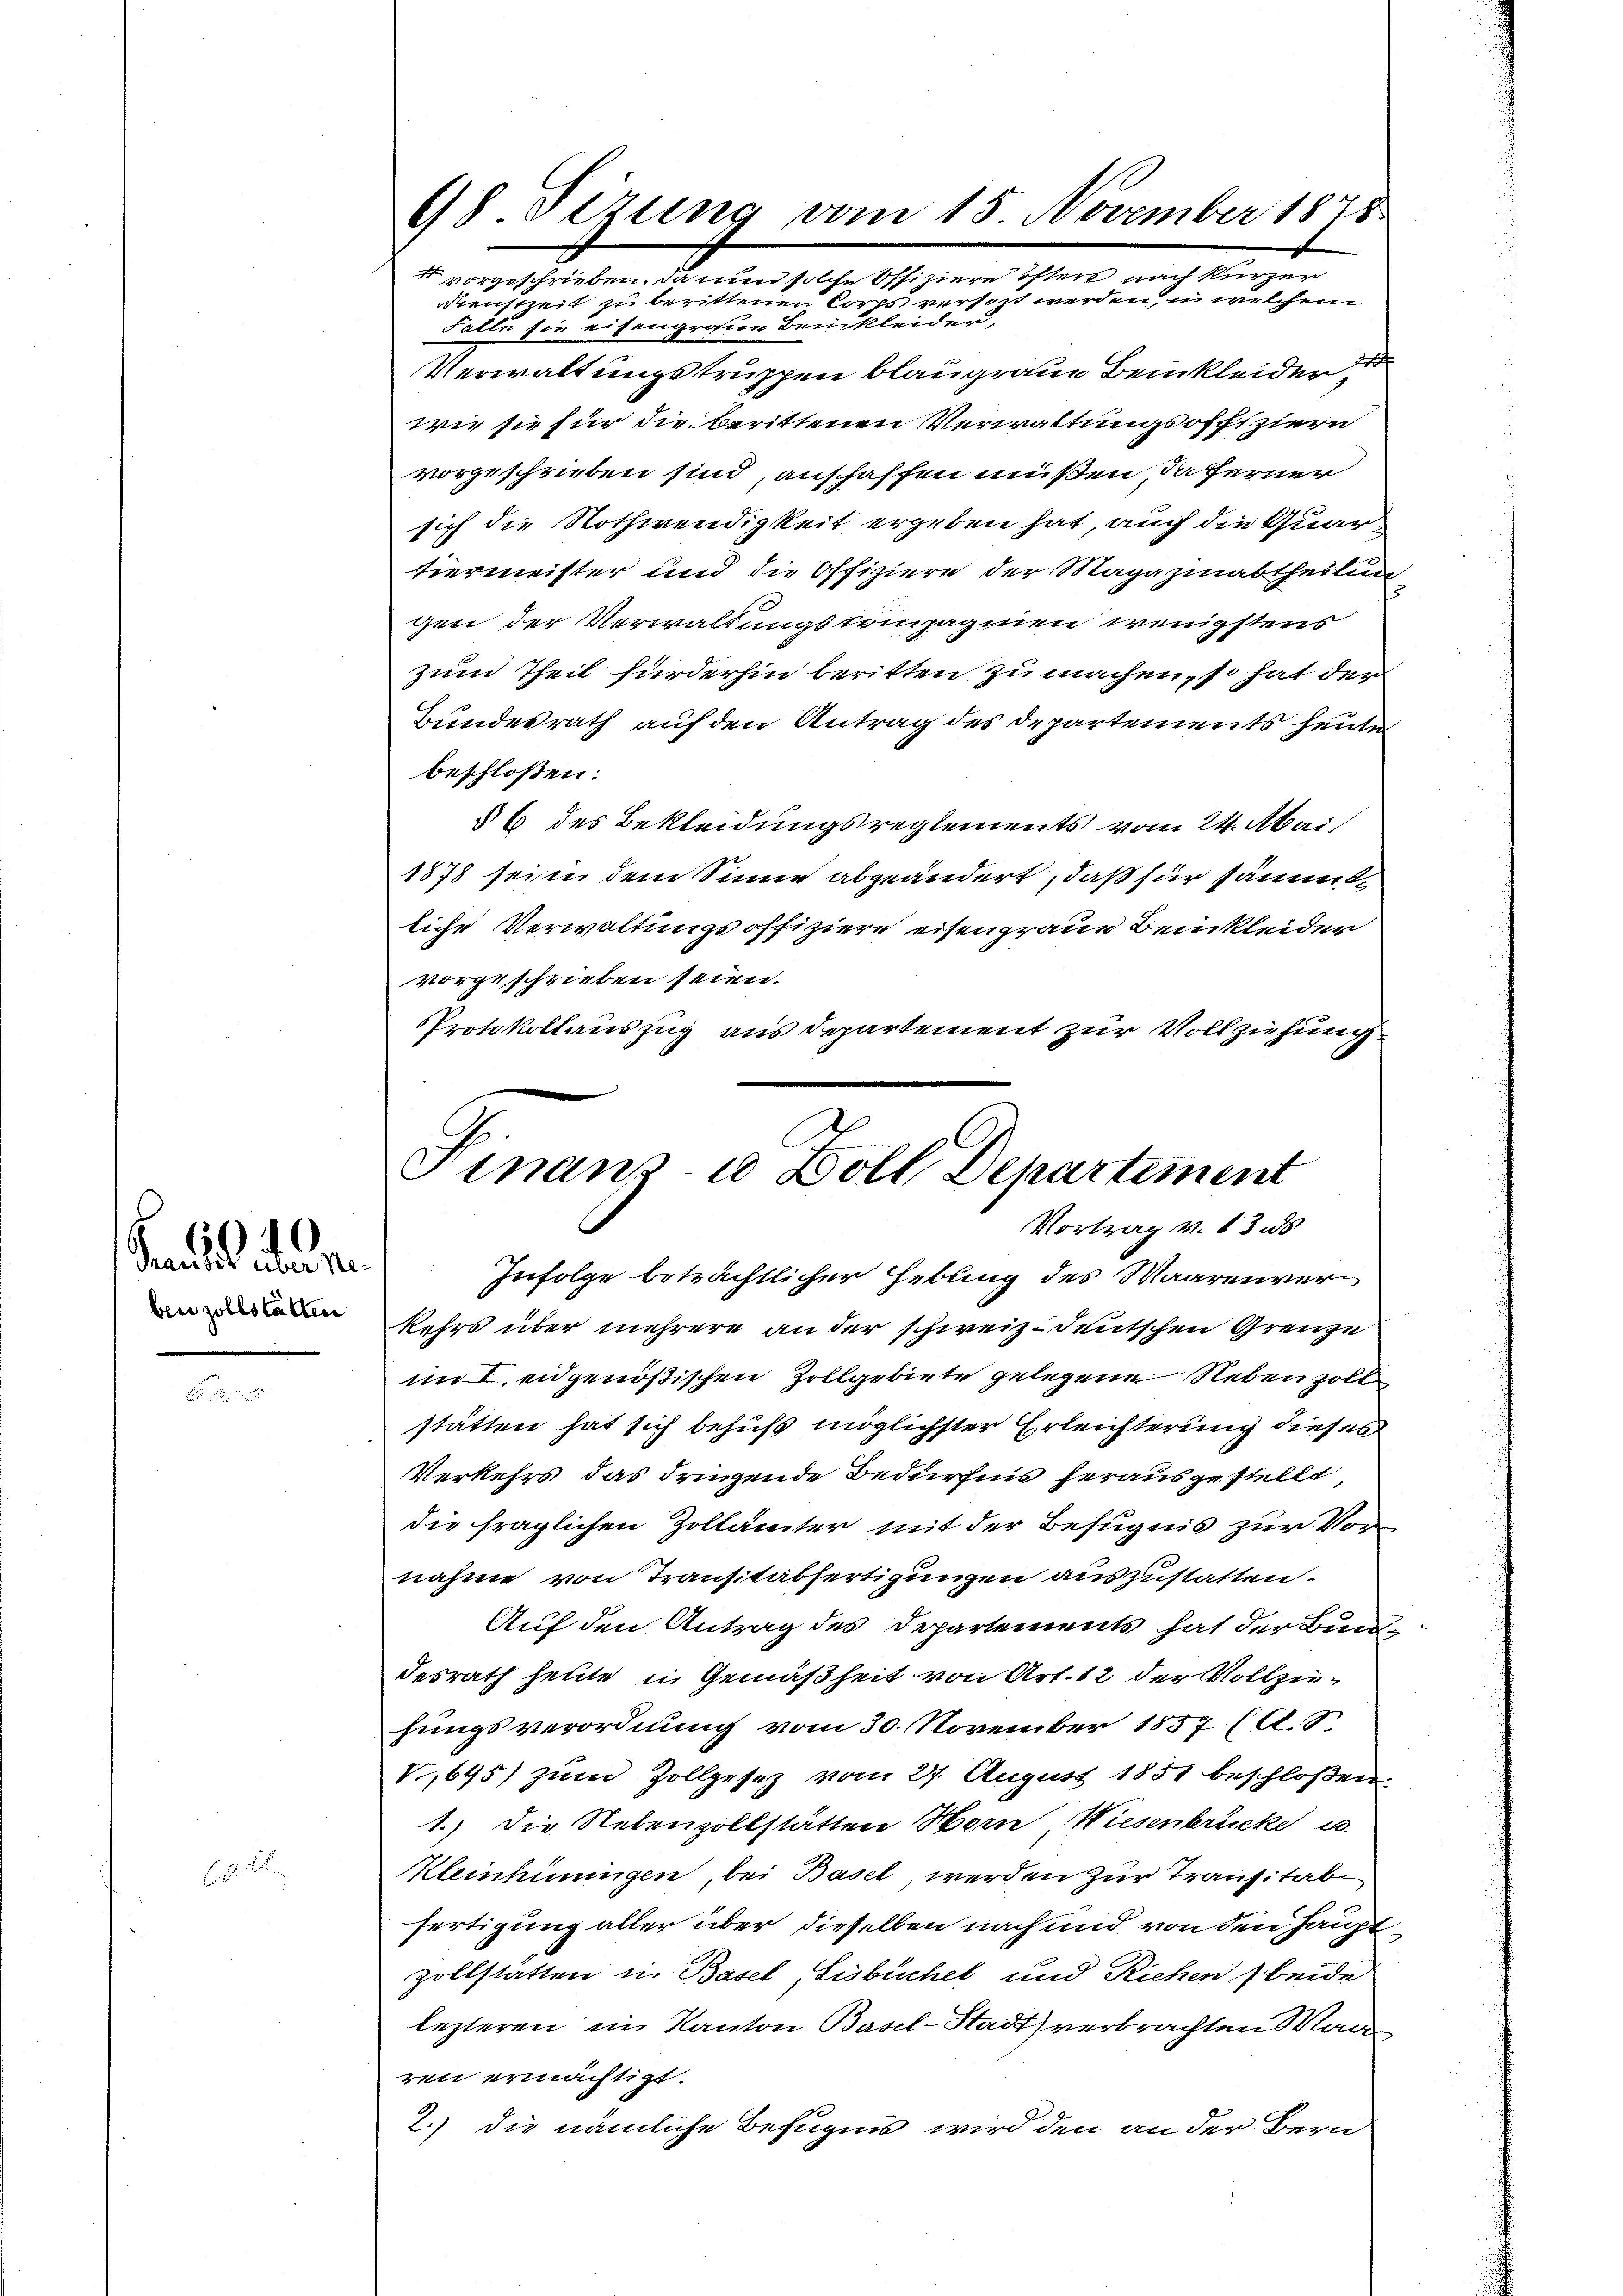
Transit über Rebenzollstätten

40.

98 Sizung vom 15. November 1878
4 vorgeschrieben. Da nun solche Offiziere östen un

Dienstzeit zu berittenen Corps versetzt werden, es seien, welchem
Falle sie eisengroßen Beinkleider,
Verwaltungstruppen blaugraue Bemkleider
wie sie für die berittenen Verwaltungsoffiziern
vorgeschrieben sind, anschaffen müßen, daferner
sich die Nothwendigkeit ergeben hat, auch die Quartiermeister und die Offiziere der Magazinabtheilung
gen der Verwaltungskompagnien wenigstens
zum Theil fürderhin beritten zu machen, so hat der
Bundesrath auf den Antrag des Departements heute
beschlossen:
§ 6 des Bekleidungsreglements vom 24. Abai
1878 seien dem Sinne abgeändert, daß für sämmtliche Verwaltungsoffiziere eisengraue Beinkleider
vorgeschrieben seien.
Protokollauszug aus Departement zur Vollziehung
kehrs über mehrere an der schweiz. deutschen Grenze
im I. eidgenößischen Zollgebiete gelegene Neben solt
stätten hat sich behufs möglichster Erleichterung dieses
Verkehrs das dringende Bedürfnis herausgestellt
die fraglichen Zollämter mit der Befugnis zur Vor
nahme von Transtabfertigungen auszustatten.
Auf den Antrag des Departements hat der Bundesrath heute in Gemäßheit von Art. 12 der Vollzufungsverordnung vom 30. November 1857 (A.8
V.,695) zum Zollgesez vom 27. August 1851 beschloßen.
1.) Die Nebenzollstätten Hern Wiesenbrücke u
Kleinhinungen, bei Basel, werden zur Transitalfertigung aller über dieselben nach und von den Hauptzollstatten in Basel Sisbüchel und Riechen beide
lezteren im Kanton Basel-Stadt verbrachten Wand
ren ermächtigt.
2.) die nämliche Befugnis wird den an der Bern

Finanz- Doll Departement
Vortrag v. 13 d
Infolge beträchtlicher Hebung des Waarenver¬